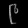
Digit: ၉